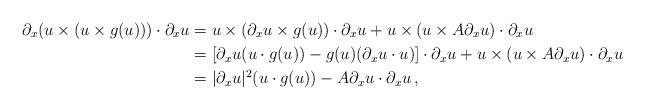
LaTeX: \begin{align*}\partial_x (u\times (u\times g(u)))\cdot \partial_x u&=u\times (\partial_x u\times g(u))\cdot \partial_x u+u\times (u\times A\partial_x u)\cdot \partial_x u\\&= [\partial_x u (u\cdot g(u))-g(u)(\partial_x u\cdot u)]\cdot \partial_x u+u\times (u\times A\partial_x u)\cdot \partial_x u\\&=|\partial_x u|^2(u\cdot g(u))-A\partial_x u\cdot \partial_x u\, ,\end{align*}